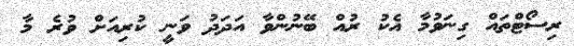
ރިސޯޓްތައް ގިނަވުމާ އެކު ރުއް ބޭނުންވާ އަދަދު ވަނީ ކުރިއަށް ވުރެ މާ